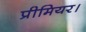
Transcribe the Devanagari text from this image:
प्रीमियर।